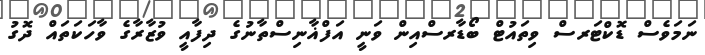
ނަމަވެސް ޑޮކްޓަރސް ވިތައުޓް ބޯޑާރސްއިން ވަނީ އަފްޣާނިސްތާނުގެ ދިފާއީ ވުޒާރާގެ ވާހަކަތައް ދޮގު